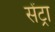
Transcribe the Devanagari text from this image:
सेंट्रा